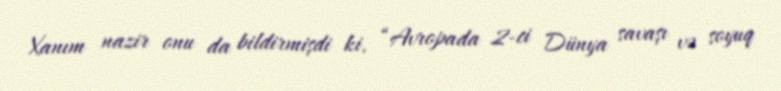
Xanım nazir onu da bildirmişdi ki, “Avropada 2-ci Dünya savaşı və soyuq